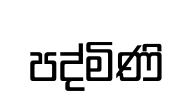
පද්මිණි